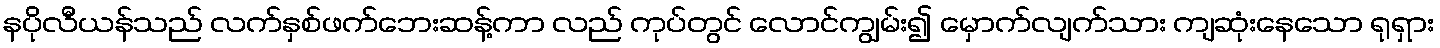
နပိုလီယန်သည် လက်နှစ်ဖက်ဘေးဆန့်ကာ လည် ကုပ်တွင် လောင်ကျွမ်း၍ မှောက်လျက်သား ကျဆုံးနေသော ရုရှား